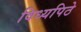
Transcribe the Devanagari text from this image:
विध्यपिठे